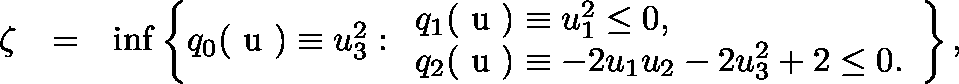
\begin{array} { r l r } { \zeta } & { = } & { \operatorname* { i n f } \left\{ q _ { 0 } ( \mathrm { \boldmath ~ u ~ } ) \equiv u _ { 3 } ^ { 2 } : \begin{array} { l } { q _ { 1 } ( \mathrm { \boldmath ~ u ~ } ) \equiv u _ { 1 } ^ { 2 } \leq 0 , } \\ { q _ { 2 } ( \mathrm { \boldmath ~ u ~ } ) \equiv - 2 u _ { 1 } u _ { 2 } - 2 u _ { 3 } ^ { 2 } + 2 \leq 0 . } \end{array} \right\} , } \end{array}